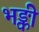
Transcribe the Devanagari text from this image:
भङ्की